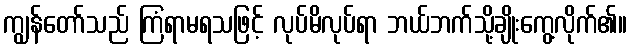
ကျွန်တော်သည် ကြံရာမရသဖြင့် လုပ်မိလုပ်ရာ ဘယ်ဘက်သို့ချိုးကွေ့လိုက်၏။